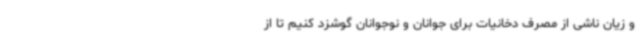
و زیان ناشی از مصرف دخانیات برای جوانان و نوجوانان گوشزد کنیم تا از